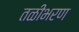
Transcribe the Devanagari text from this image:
तळीभरण